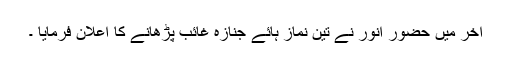
آخر میں حضور انور نے تین نماز ہائے جنازہ غائب پڑھانے کا اعلان فرمایا ۔